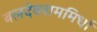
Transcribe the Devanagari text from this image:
बलदेवराममिर्धा